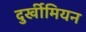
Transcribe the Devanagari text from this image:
दुर्खीमियन